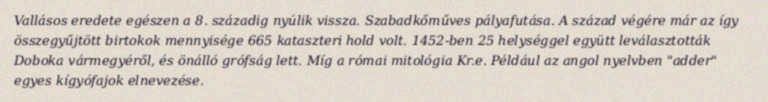
Vallásos eredete egészen a 8. századig nyúlik vissza. Szabadkőműves pályafutása. A század végére már az így összegyűjtött birtokok mennyisége 665 kataszteri hold volt. 1452-ben 25 helységgel együtt leválasztották Doboka vármegyéről, és önálló grófság lett. Míg a római mitológia Kr.e. Például az angol nyelvben "adder" egyes kígyófajok elnevezése.